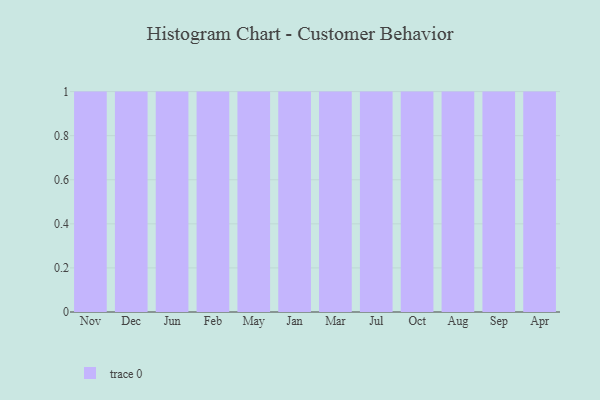
{"axis": {"x": "Month", "y": "Humidity (%)"}, "legend": [""], "data": [{"x": "Nov", "y": 94, "type": ""}, {"x": "Dec", "y": 49, "type": ""}, {"x": "Jun", "y": 36, "type": ""}, {"x": "Feb", "y": 43, "type": ""}, {"x": "May", "y": 72, "type": ""}, {"x": "Jan", "y": 9, "type": ""}, {"x": "Mar", "y": 48, "type": ""}, {"x": "Jul", "y": 51, "type": ""}, {"x": "Oct", "y": 15, "type": ""}, {"x": "Aug", "y": 92, "type": ""}, {"x": "Sep", "y": 95, "type": ""}, {"x": "Apr", "y": 51, "type": ""}]}